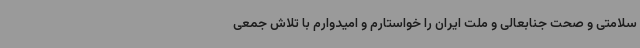
سلامتی و صحت جنابعالی و ملت ایران را خواستارم و امیدوارم با تلاش جمعی